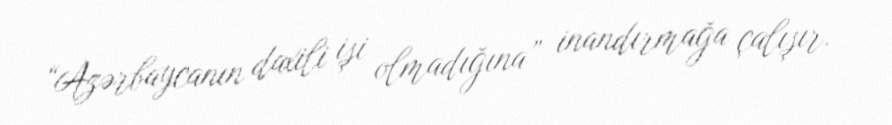
“Azərbaycanın daxili işi olmadığına” inandırmağa çalışır.